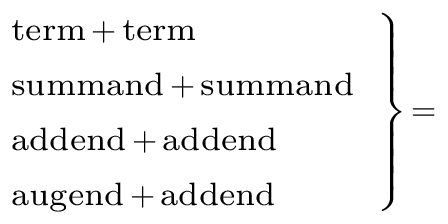
\scriptstyle \left. { \begin{array} { l } { \scriptstyle { \mathrm { t e r m } } \, + \, { \mathrm { t e r m } } } \\ { \scriptstyle { \mathrm { s u m m a n d } } \, + \, { \mathrm { s u m m a n d } } } \\ { \scriptstyle { \mathrm { a d d e n d } } \, + \, { \mathrm { a d d e n d } } } \\ { \scriptstyle { \mathrm { a u g e n d } } \, + \, { \mathrm { a d d e n d } } } \end{array} } \right\} \, =